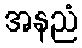
အနညံ